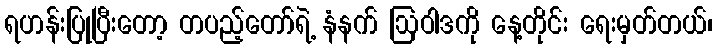
ရဟန်းပြုပြီးတော့ တပည့်တော်ရဲ့ နံနက် ဩဝါဒကို နေ့တိုင်း ရေးမှတ်တယ်၊